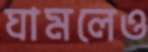
ঘামলেও